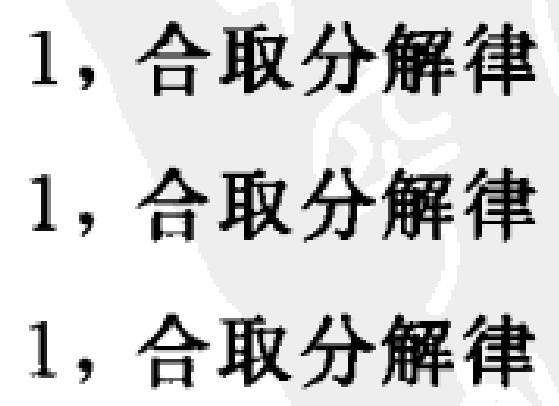
1，合取分解律
1，合取分解律
1，合取分解律